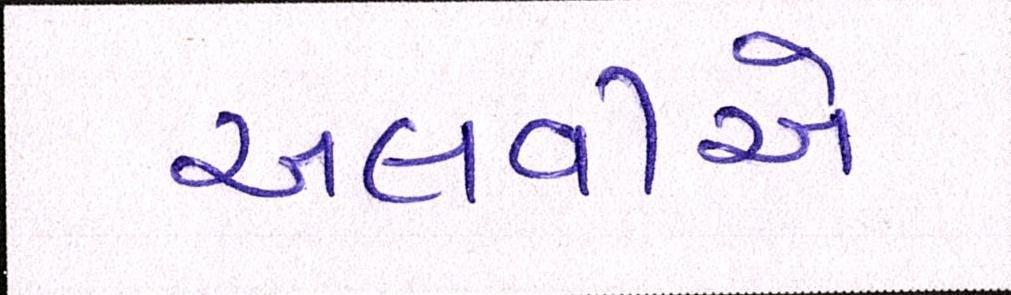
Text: અલવીએ